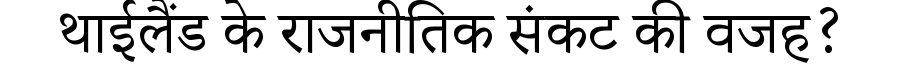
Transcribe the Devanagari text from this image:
थाईलैंड के राजनीतिक संकट की वजह?